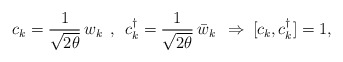
\begin{align*}c_k=\frac{1}{\sqrt{2\theta}}\,w_k\:\:,\:\:c_k^{\dag}=\frac{1}{\sqrt{2\theta}}\,\bar{w}_k\:\:\Rightarrow\:[c_k,c_k^{\dag}]=1,\end{align*}